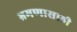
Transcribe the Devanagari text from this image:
भ्रमणासाठी